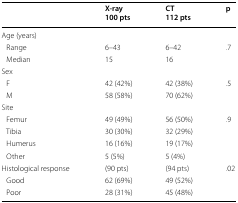
|  | X-ray100 pts | CT112 pts | p |
 | --- | --- | --- | --- |
 | <COLSPAN=4> Age (years) |
 | Range | 6–43 | 6–42 | <ROWSPAN=2> .7 |
 | Median | 15 | 16 |
 | <COLSPAN=4> Sex |
 | F | 42 (42%) | 42 (38%) | <ROWSPAN=2> .5 |
 | M | 58 (58%) | 70 (62%) |
 | <COLSPAN=4> Site |
 | Femur | 49 (49%) | 56 (50%) | <ROWSPAN=4> .9 |
 | Tibia | 30 (30%) | 32 (29%) |
 | Humerus | 16 (16%) | 19 (17%) |
 | Other | 5 (5%) | 5 (4%) |
 | Histological response | (90 pts) | (94 pts) | <ROWSPAN=3> .02 |
 | Good | 62 (69%) | 49 (52%) |
 | Poor | 28 (31%) | 45 (48%) |